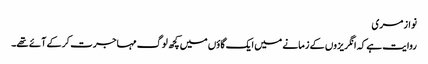
نواز مری
روایت ہے کہ انگریزوں کے زمانے میں ایک گاؤں میں کچھ لوگ مہاجرت کر کے آئے تھے۔